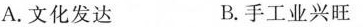
A.文化发达 B.手工业兴旺